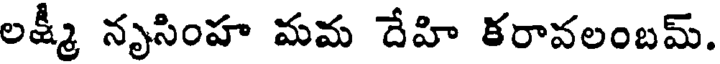
లక్ష్మీ నృసింహ మమ దేహి కరావలంబమ్.